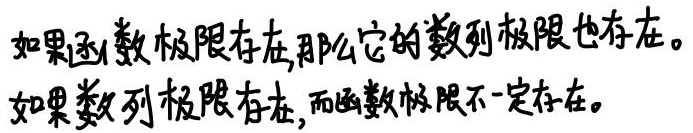
如果函数极限存在，那么它的数列极限也存在。如果数列极限存在，而函数极限不一定存在。